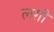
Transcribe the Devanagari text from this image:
लग़ो